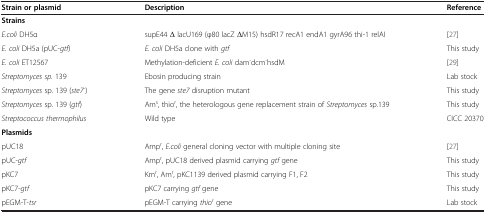
<table><thead><tr><td><b>Strain or plasmid</b></td><td><b>Description</b></td><td><b>Reference</b></td></tr></thead><tbody><tr><td><b>Strains</b></td><td> </td><td> </td></tr><tr><td><i>E.coli</i> DH5α</td><td>supE44 Δ lacU169 (φ80 lacZ ΔM15) hsdR17 recA1 endA1 gyrA96 thi-1 relAI</td><td>[27]</td></tr><tr><td><i>E. coli</i> DH5a (pUC-<i>gtf</i>)</td><td><i>E. coli</i> DH5a clone with <i>gtf</i></td><td>This study</td></tr><tr><td><i>E. coli</i> ET12567</td><td>Methylation-deficient <i>E. coli</i> dam<sup>-</sup>dcm<sup>-</sup>hsdM</td><td>[29]</td></tr><tr><td><i>Streptomyces sp.</i> 139</td><td>Ebosin producing strain</td><td>Lab stock</td></tr><tr><td><i>Streptomyces</i> sp. 139 (<i>ste7</i><sup><i>-</i></sup>)</td><td>The gene <i>ste7</i> disruption mutant</td><td>This study</td></tr><tr><td><i>Streptomyces</i> sp. 139 (<i>gtf</i>)</td><td>Am<sup>s</sup>, thio<sup>r</sup>, the heterologous gene replacement strain of <i>Streptomyces</i> sp.139</td><td>This study</td></tr><tr><td><i>Streptococcus thermophilus</i></td><td>Wild type</td><td>CICC 20370</td></tr><tr><td><b>Plasmids</b></td><td> </td><td> </td></tr><tr><td>pUC18</td><td>Amp<sup>r</sup>, <i>E.coli</i> general cloning vector with multiple cloning site</td><td>[27]</td></tr><tr><td>pUC-<i>gtf</i></td><td>Amp<sup>r</sup>, pUC18 derived plasmid carrying <i>gtf</i> gene</td><td>This study</td></tr><tr><td>pKC7</td><td>Km<sup>r</sup>, Am<sup>r</sup>, pKC1139 derived plasmid carrying F1, F2</td><td>This study</td></tr><tr><td>pKC7-<i>gtf</i></td><td>pKC7 carrying <i>gtf</i> gene</td><td>This study</td></tr><tr><td>pEGM-T-<i>tsr</i></td><td>pEGM-T carrying <i>thio</i><sup><i>r</i></sup> gene</td><td>Lab stock</td></tr></tbody></table>